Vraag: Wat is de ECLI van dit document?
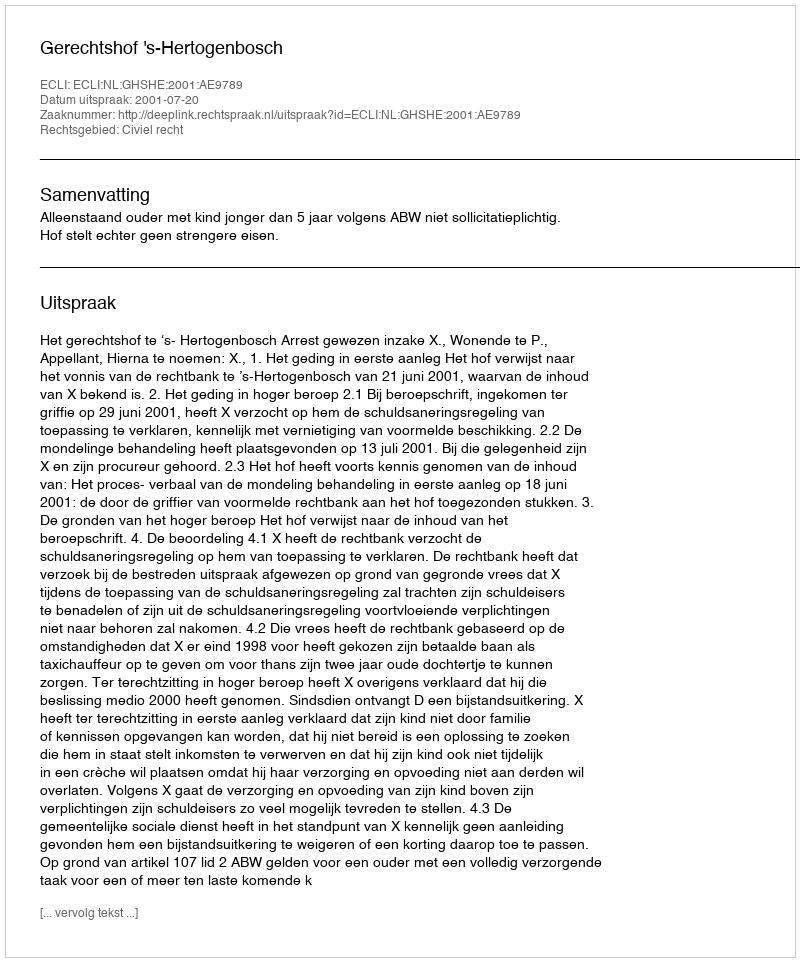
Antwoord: ECLI:NL:GHSHE:2001:AE9789